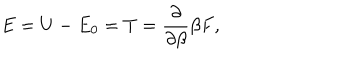
E = U - E _ { 0 } = T = \frac \partial { \partial \beta } \beta F ,